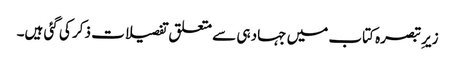
زیرِ تبصرہ کتاب میں جہاد ہی سے متعلق تفصیلات ذکر کی گئی ہیں۔